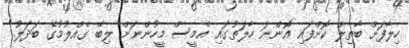
ހިލާފަށް ބާތިލް ކޮށްފައި އޮންނަ ހާލަތުގައި އެމީސް މީހުންނަށް ލިބޭ ގެއްލުމުގެ ބަދަލު."